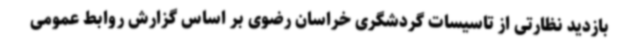
بازدید نظارتی از تاسیسات گردشگری خراسان رضوی بر اساس گزارش روابط عمومی